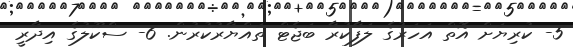
5- ކުރިޔަށް އޮތް އަހަރުގެ ލަފާކުރާ ބަޖެޓް ތައްޔާރުކުރުން. 6- ސްކޫލުގެ އިދާރީ